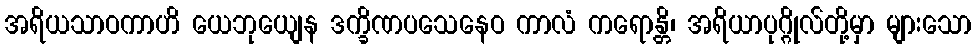
အရိယသာဝကာဟိ ယေဘုယျေန ဒက္ခိဏပသေနေဝ ကာလံ ကရောန္တိ၊ အရိယာပုဂ္ဂိုလ်တို့မှာ များသော